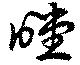
瞠